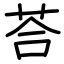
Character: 荅